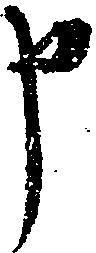
申